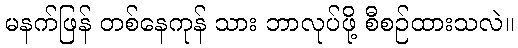
မနက်ဖြန် တစ်နေကုန် သား ဘာလုပ်ဖို့ စီစဉ်ထားသလဲ။